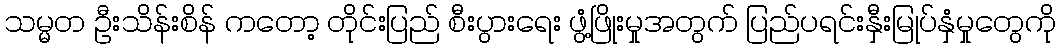
သမ္မတ ဦးသိန်းစိန် ကတော့ တိုင်းပြည် စီးပွားရေး ဖွံ့ဖြိုးမှုအတွက် ပြည်ပရင်းနှီးမြုပ်နှံမှုတွေကို